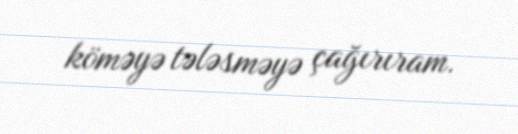
köməyə tələsməyə çağırıram.